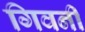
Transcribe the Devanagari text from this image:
गिवर्नी